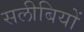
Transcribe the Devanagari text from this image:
सलीबियों